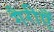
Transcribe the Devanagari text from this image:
गैरीएँ